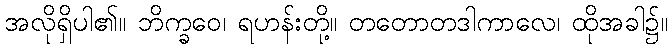
အလိုရှိပါ၏။ ဘိက္ခဝေ၊ ရဟန်းတို့။ တတောတဒါကာလေ၊ ထိုအခါ၌။